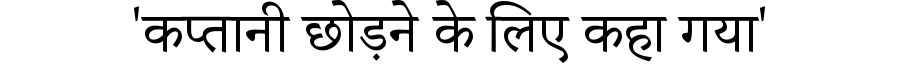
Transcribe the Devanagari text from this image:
'कप्तानी छोड़ने के लिए कहा गया'